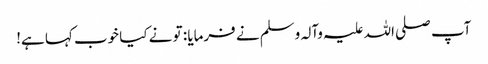
آپ صلی اللہ علیہ وآلہ وسلم نے فرمایا : تو نے کیا خوب کہا ہے!